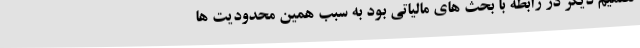
تصمیم دیگر در رابطه با بحث های مالیاتی بود به سبب همین محدودیت ها